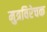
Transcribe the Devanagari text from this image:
मुत्रविरेचक